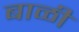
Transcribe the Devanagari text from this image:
बाळी